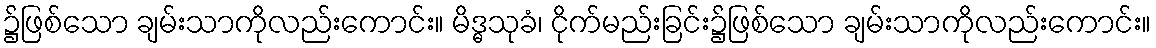
၌ဖြစ်သော ချမ်းသာကိုလည်းကောင်း။ မိဒ္ဓသုခံ၊ ငိုက်မည်းခြင်း၌ဖြစ်သော ချမ်းသာကိုလည်းကောင်း။